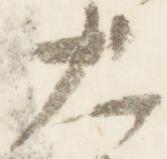
大